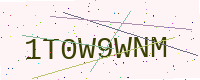
Text: 1T0W9WNM